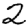
Digit: 2